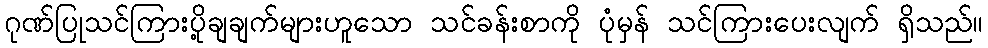
ဂုဏ်ပြုသင်ကြားပို့ချချက်များဟူသော သင်ခန်းစာကို ပုံမှန် သင်ကြားပေးလျက် ရှိသည်။